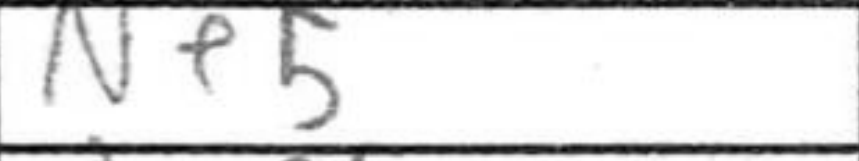
Transcription: Ne5